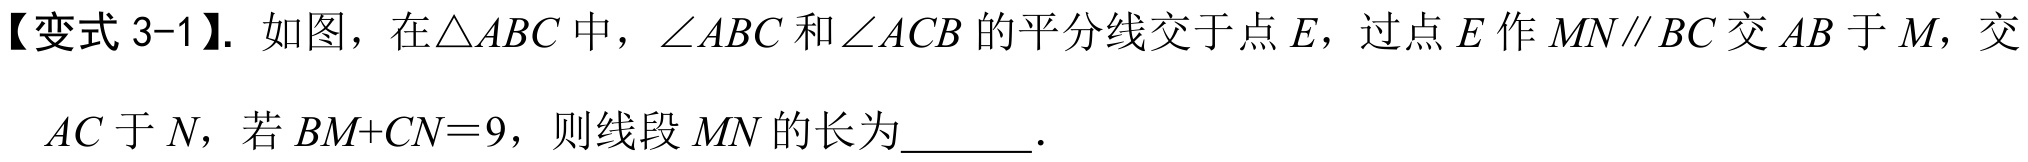
【变式 3-1】. 如图，在\(\triangle ABC\)中，\(\angle ABC\)和\(\angle ACB\)的平分线交于点\(E\)，过点\(E\)作\(MN\parallel BC\)交\(AB\)于\(M\)，交\(AC\)于\(N\)，若\(BM + CN = 9\)，则线段\(MN\)的长为  ．